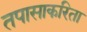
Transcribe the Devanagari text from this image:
तपासाकरिता